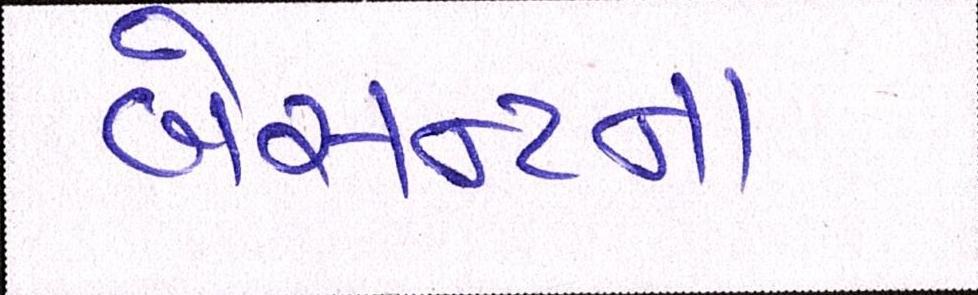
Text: બેસન્ટના